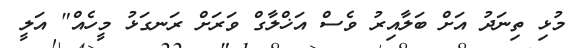
މުޅި ތިނަދު އަށް ބަލާއިރު ވެސް އަޚްލާގް ވަރަށް ރަނގަޅު މީހެއް" އަލީ